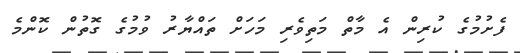
ފެށުމުގެ ކުރިން އެ މާތް މަތިވެރި މަހަށް ތައްޔާރު ވުމުގެ ގޮތުން ކޮންމެ